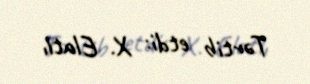
Tərtib etdi: X. Elatlı